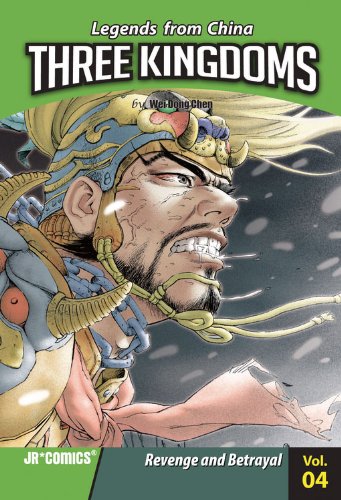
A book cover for Three Kingdoms Volume 04: Revenge and Betrayal; Wei Dong Chen; Teen & Young Adult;